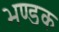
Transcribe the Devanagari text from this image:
भण्डक